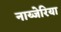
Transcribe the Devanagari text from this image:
नाय्जेरिया